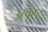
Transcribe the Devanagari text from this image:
उस्कृष्ट